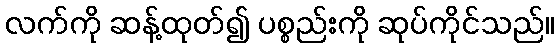
လက်ကို ဆန့်ထုတ်၍ ပစ္စည်းကို ဆုပ်ကိုင်သည်။